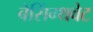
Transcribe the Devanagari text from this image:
बेसिंग्थवेट